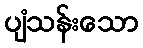
ပျံသန်းသော